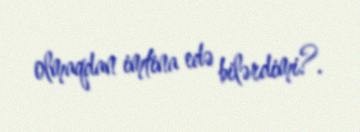
olmaqdan imtina edə bilərdimi?.